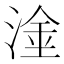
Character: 𱧕